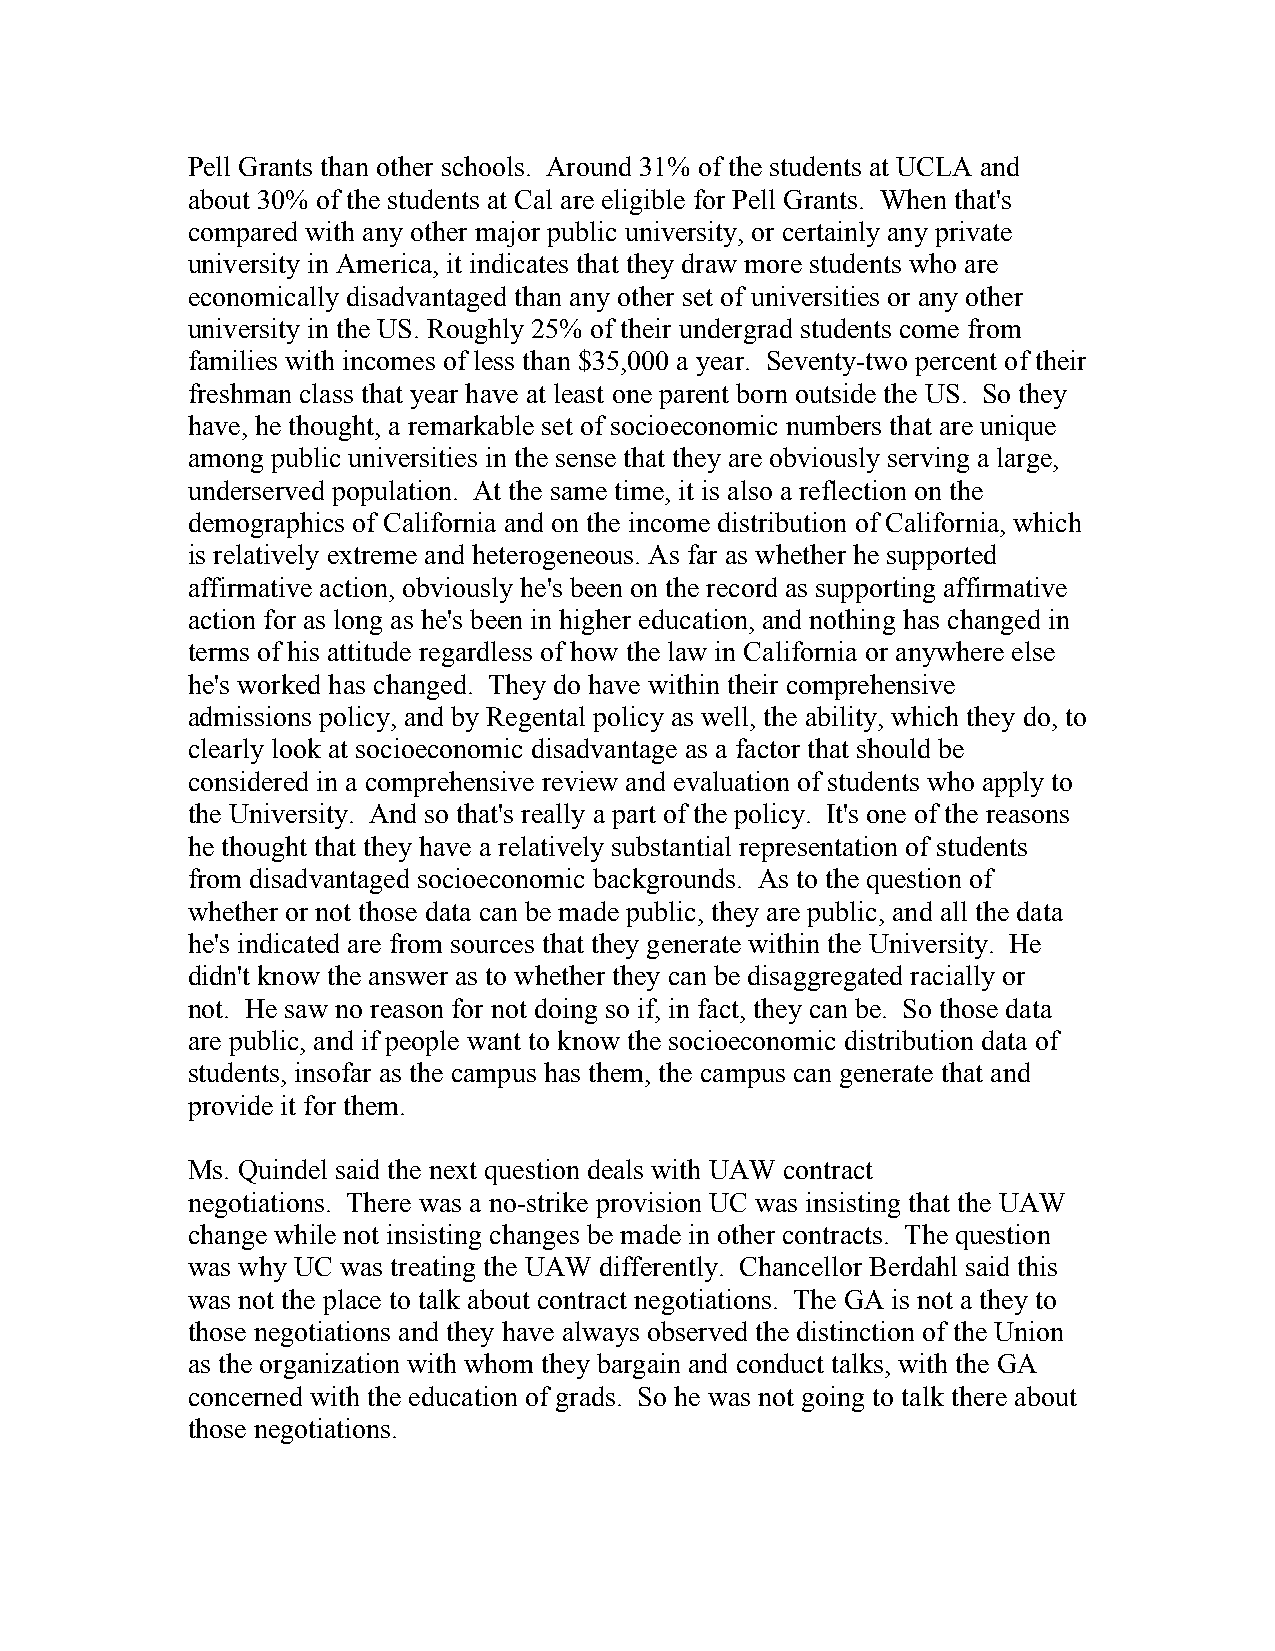
Pell Grants than other schools. Around 31% of the students at UCLA and
 about 30% of the students at Cal are eligible for Pell Grants. When that's
 compared with any other major public university, or certainly any private
 university in America, it indicates that they draw more students who are
 economically disadvantaged than any other set of universities or any other
 university in the US. Roughly 25% of their undergrad students come from
 families with incomes of less than $35,000 a year. Seventy-two percent of their
 freshman class that year have at least one parent born outside the US. So they
 have, he thought, a remarkable set of socioeconomic numbers that are unique
 among public universities in the sense that they are obviously serving a large,
 underserved population. At the same time, it is also a reflection on the
 demographics of California and on the income distribution of California, which
 is relatively extreme and heterogeneous. As far as whether he supported
 affirmative action, obviously he's been on the record as supporting affirmative
 action for as long as he's been in higher education, and nothing has changed in
 terms of his attitude regardless of how the law in California or anywhere else
 he's worked has changed. They do have within their comprehensive
 admissions policy, and by Regental policy as well, the ability, which they do, to
 clearly look at socioeconomic disadvantage as a factor that should be
 considered in a comprehensive review and evaluation of students who apply to
 the University. And so that's really a part of the policy. It's one of the reasons
 he thought that they have a relatively substantial representation of students
 from disadvantaged socioeconomic backgrounds. As to the question of
 whether or not those data can be made public, they are public, and all the data
 he's indicated are from sources that they generate within the University. He
 didn't know the answer as to whether they can be disaggregated racially or
 not. He saw no reason for not doing so if, in fact, they can be. So those data
 are public, and if people want to know the socioeconomic distribution data of
 students, insofar as the campus has them, the campus can generate that and
 provide it for them.
 Ms. Quindel said the next question deals with UAW contract
 negotiations. There was a no-strike provision UC was insisting that the UAW
 change while not insisting changes be made in other contracts. The question
 was why UC was treating the UAW differently. Chancellor Berdahl said this
 was not the place to talk about contract negotiations. The GA is not a they to
 those negotiations and they have always observed the distinction of the Union
 as the organization with whom they bargain and conduct talks, with the GA
 concerned with the education of grads. So he was not going to talk there about
 those negotiations.